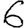
Digit: 6